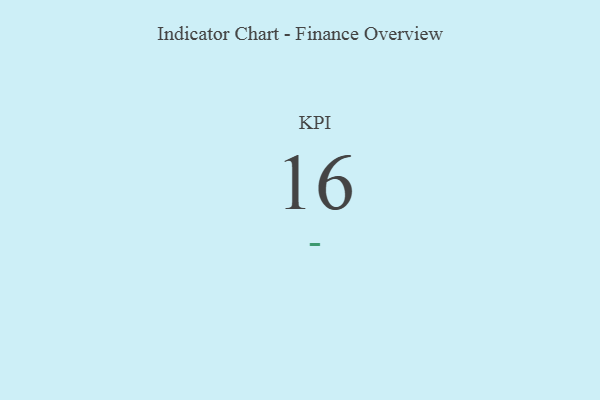
{"axis": {"x": "KPI", "y": "Value"}, "legend": [""], "data": [{"x": "KPI", "y": 16, "type": ""}]}